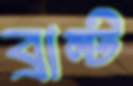
ব্রান্ট